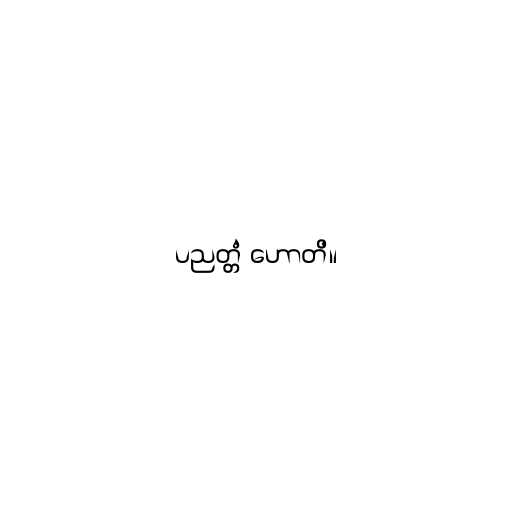
ပညတ္တံ ဟောတိ။